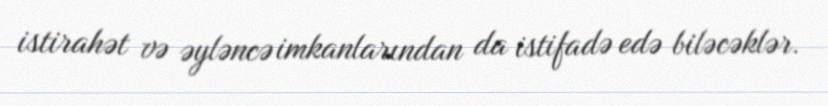
istirahət və əyləncə imkanlarından da istifadə edə biləcəklər.